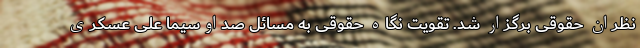
‌نظران حقوقی برگزار شد. تقویت نگاه حقوقی به مسائل صداوسیما علی عسکری